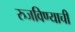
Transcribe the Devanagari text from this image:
रुजविण्याची